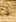
لا